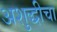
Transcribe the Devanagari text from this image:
अशुद्धीचा